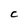
Character: C